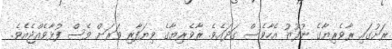
ރަށުގައި ރާވެރިޔާގެ ނުފޫޒު އެހާވެސް ގަދައެވެ. ރާވެރިޔާގެ ވިޔަފާރި ވަރަށް ވެސް ފުޅާވެއްޖެއެވެ.